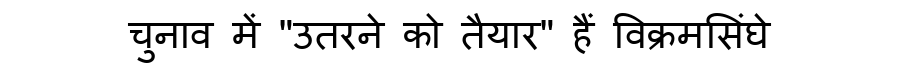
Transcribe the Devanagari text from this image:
चुनाव में "उतरने को तैयार" हैं विक्रमसिंघे